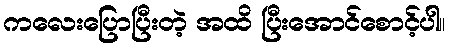
ကလေးပြောပြီးတဲ့ အထိ ပြီးအောင်စောင့်ပါ။